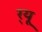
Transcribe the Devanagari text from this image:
र्‌यू